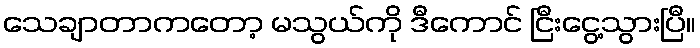
သေချာတာကတော့ မသွယ်ကို ဒီကောင် ငြီးငွေ့သွားပြီ။